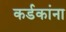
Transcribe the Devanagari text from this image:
कर्डकांना